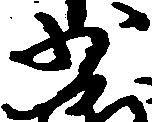
少